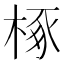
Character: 椓